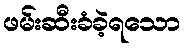
ဖမ်းဆီးခံခဲ့ရသော